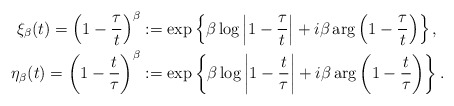
\begin{align*}\xi_\beta(t) =\left ( 1-\frac{\tau}{t} \right )^\beta & :=\exp\left\{ \beta \log \left | 1-\frac{\tau}{t} \right | + i \beta \arg \left ( 1-\frac{\tau}{t} \right ) \right \}, \\ \eta_\beta(t)=\left (1-\frac{t}{\tau}\right )^\beta & :=\exp\left \{ \beta \log \left |1-\frac{t}{\tau} \right | + i \beta \arg \left ( 1-\frac{t}{\tau} \right ) \right \}.\end{align*}